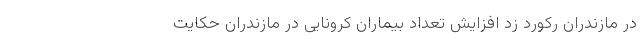
در مازندران رکورد زد افزایش تعداد بیماران کرونایی در مازندران حکایت